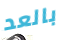
بالعد